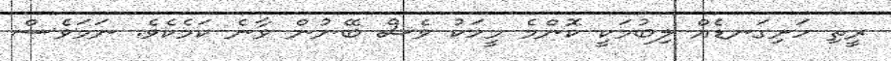
ރީތި ހަށިގަނޑެއް ލިބުމަކީ ކޮންމެ މީހަކު ވެސް ބޭނުން ވާނެ ކަމެކެވެ. ނަމަވެސް